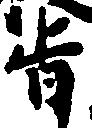
旨